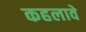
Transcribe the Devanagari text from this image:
कहलावे